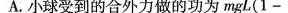
A.小球受到的合外力做的功为$$m g L ( 1 -